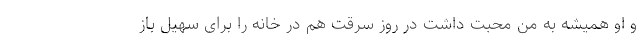
و او همیشه به من محبت داشت در روز سرقت هم در خانه را برای سهیل باز